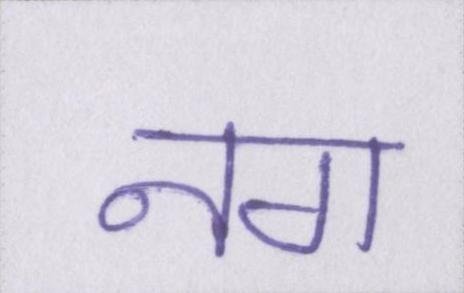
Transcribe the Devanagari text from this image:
नग